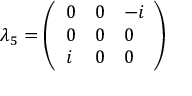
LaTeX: \lambda _ { 5 } = { \left( \begin{array} { l l l } { 0 } & { 0 } & { - i } \\ { 0 } & { 0 } & { 0 } \\ { i } & { 0 } & { 0 } \end{array} \right) }